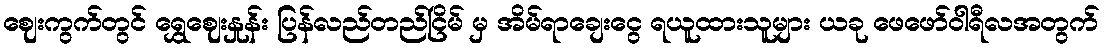
ဈေးကွက်တွင် ရွှေဈေးနှုန်း ပြန်လည်တည်ငြိမ် မှ အိမ်ရာချေးငွေ ရယူထားသူများ ယခု ဖေဖော်ဝါရီလအတွက်